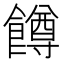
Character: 𬲝